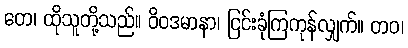
တေ၊ ထိုသူတို့သည်။ ဝိဝဒမာနာ၊ ငြင်းခုံကြကုန်လျှက်။ တဝ၊